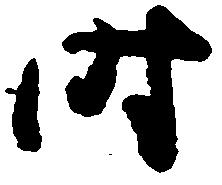
時